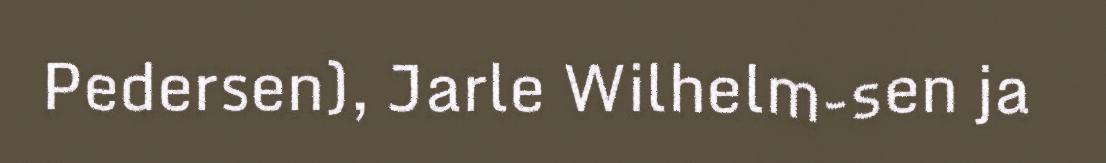
Pedersen), Jarle Wilhelm-sen ja